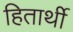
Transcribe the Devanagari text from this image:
हितार्थी